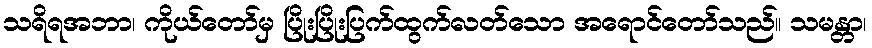
သရိရအဘာ၊ ကိုယ်တော်မှ ပြိုးပြိုးပြက်ထွက်လတ်သော အရောင်တော်သည်။ သမန္တာ၊